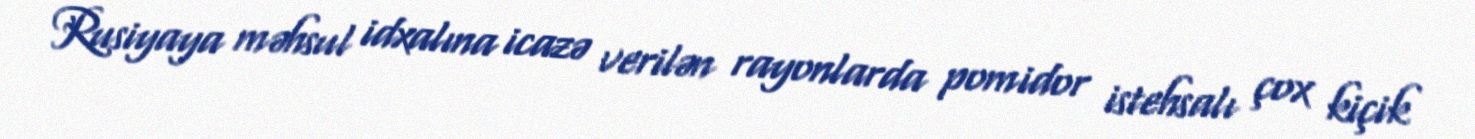
Rusiyaya məhsul idxalına icazə verilən rayonlarda pomidor istehsalı çox kiçik